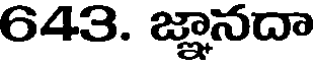
643. జ్ఞానదా